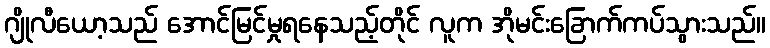
ဂျိုလီယော့သည် အောင်မြင်မှုရနေသည့်တိုင် လူက အိုမင်းခြောက်ကပ်သွားသည်။